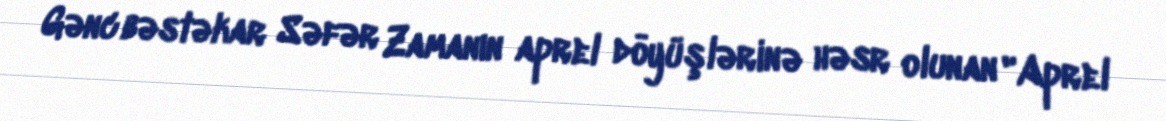
Gənc bəstəkar Səfər Zamanın aprel döyüşlərinə həsr olunan "Aprel